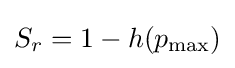
S_{r}=1-h(p_{\text{max}})